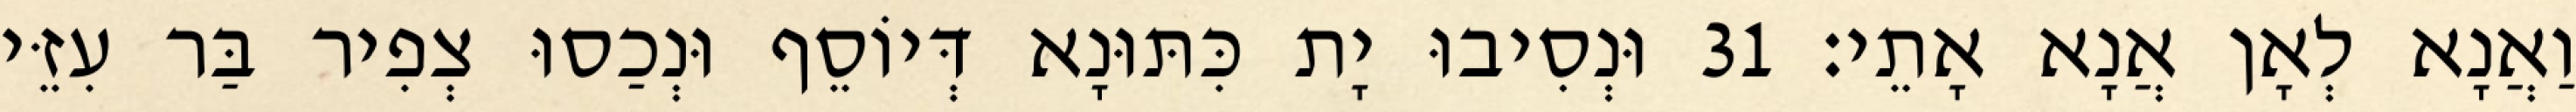
וַאֲנָא לְאָן אֲנָא אָתֵי׃ 31 וּנְסִיבוּ יָת כִּתּוּנָא דְּיוֹסֵף וּנְכַסוּ צְפִיר בַּר עִזֵּי